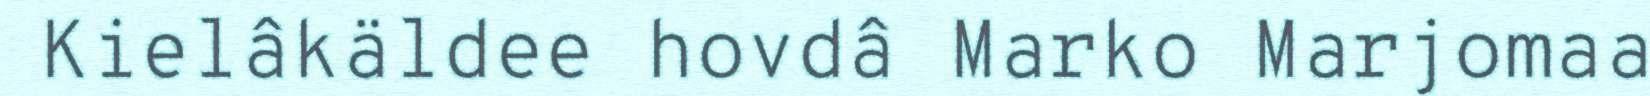
Kielâkäldee hovdâ Marko Marjomaa